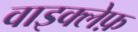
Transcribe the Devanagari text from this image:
वाइक्लेफ़